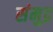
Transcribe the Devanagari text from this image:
संमुद्र